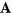
A